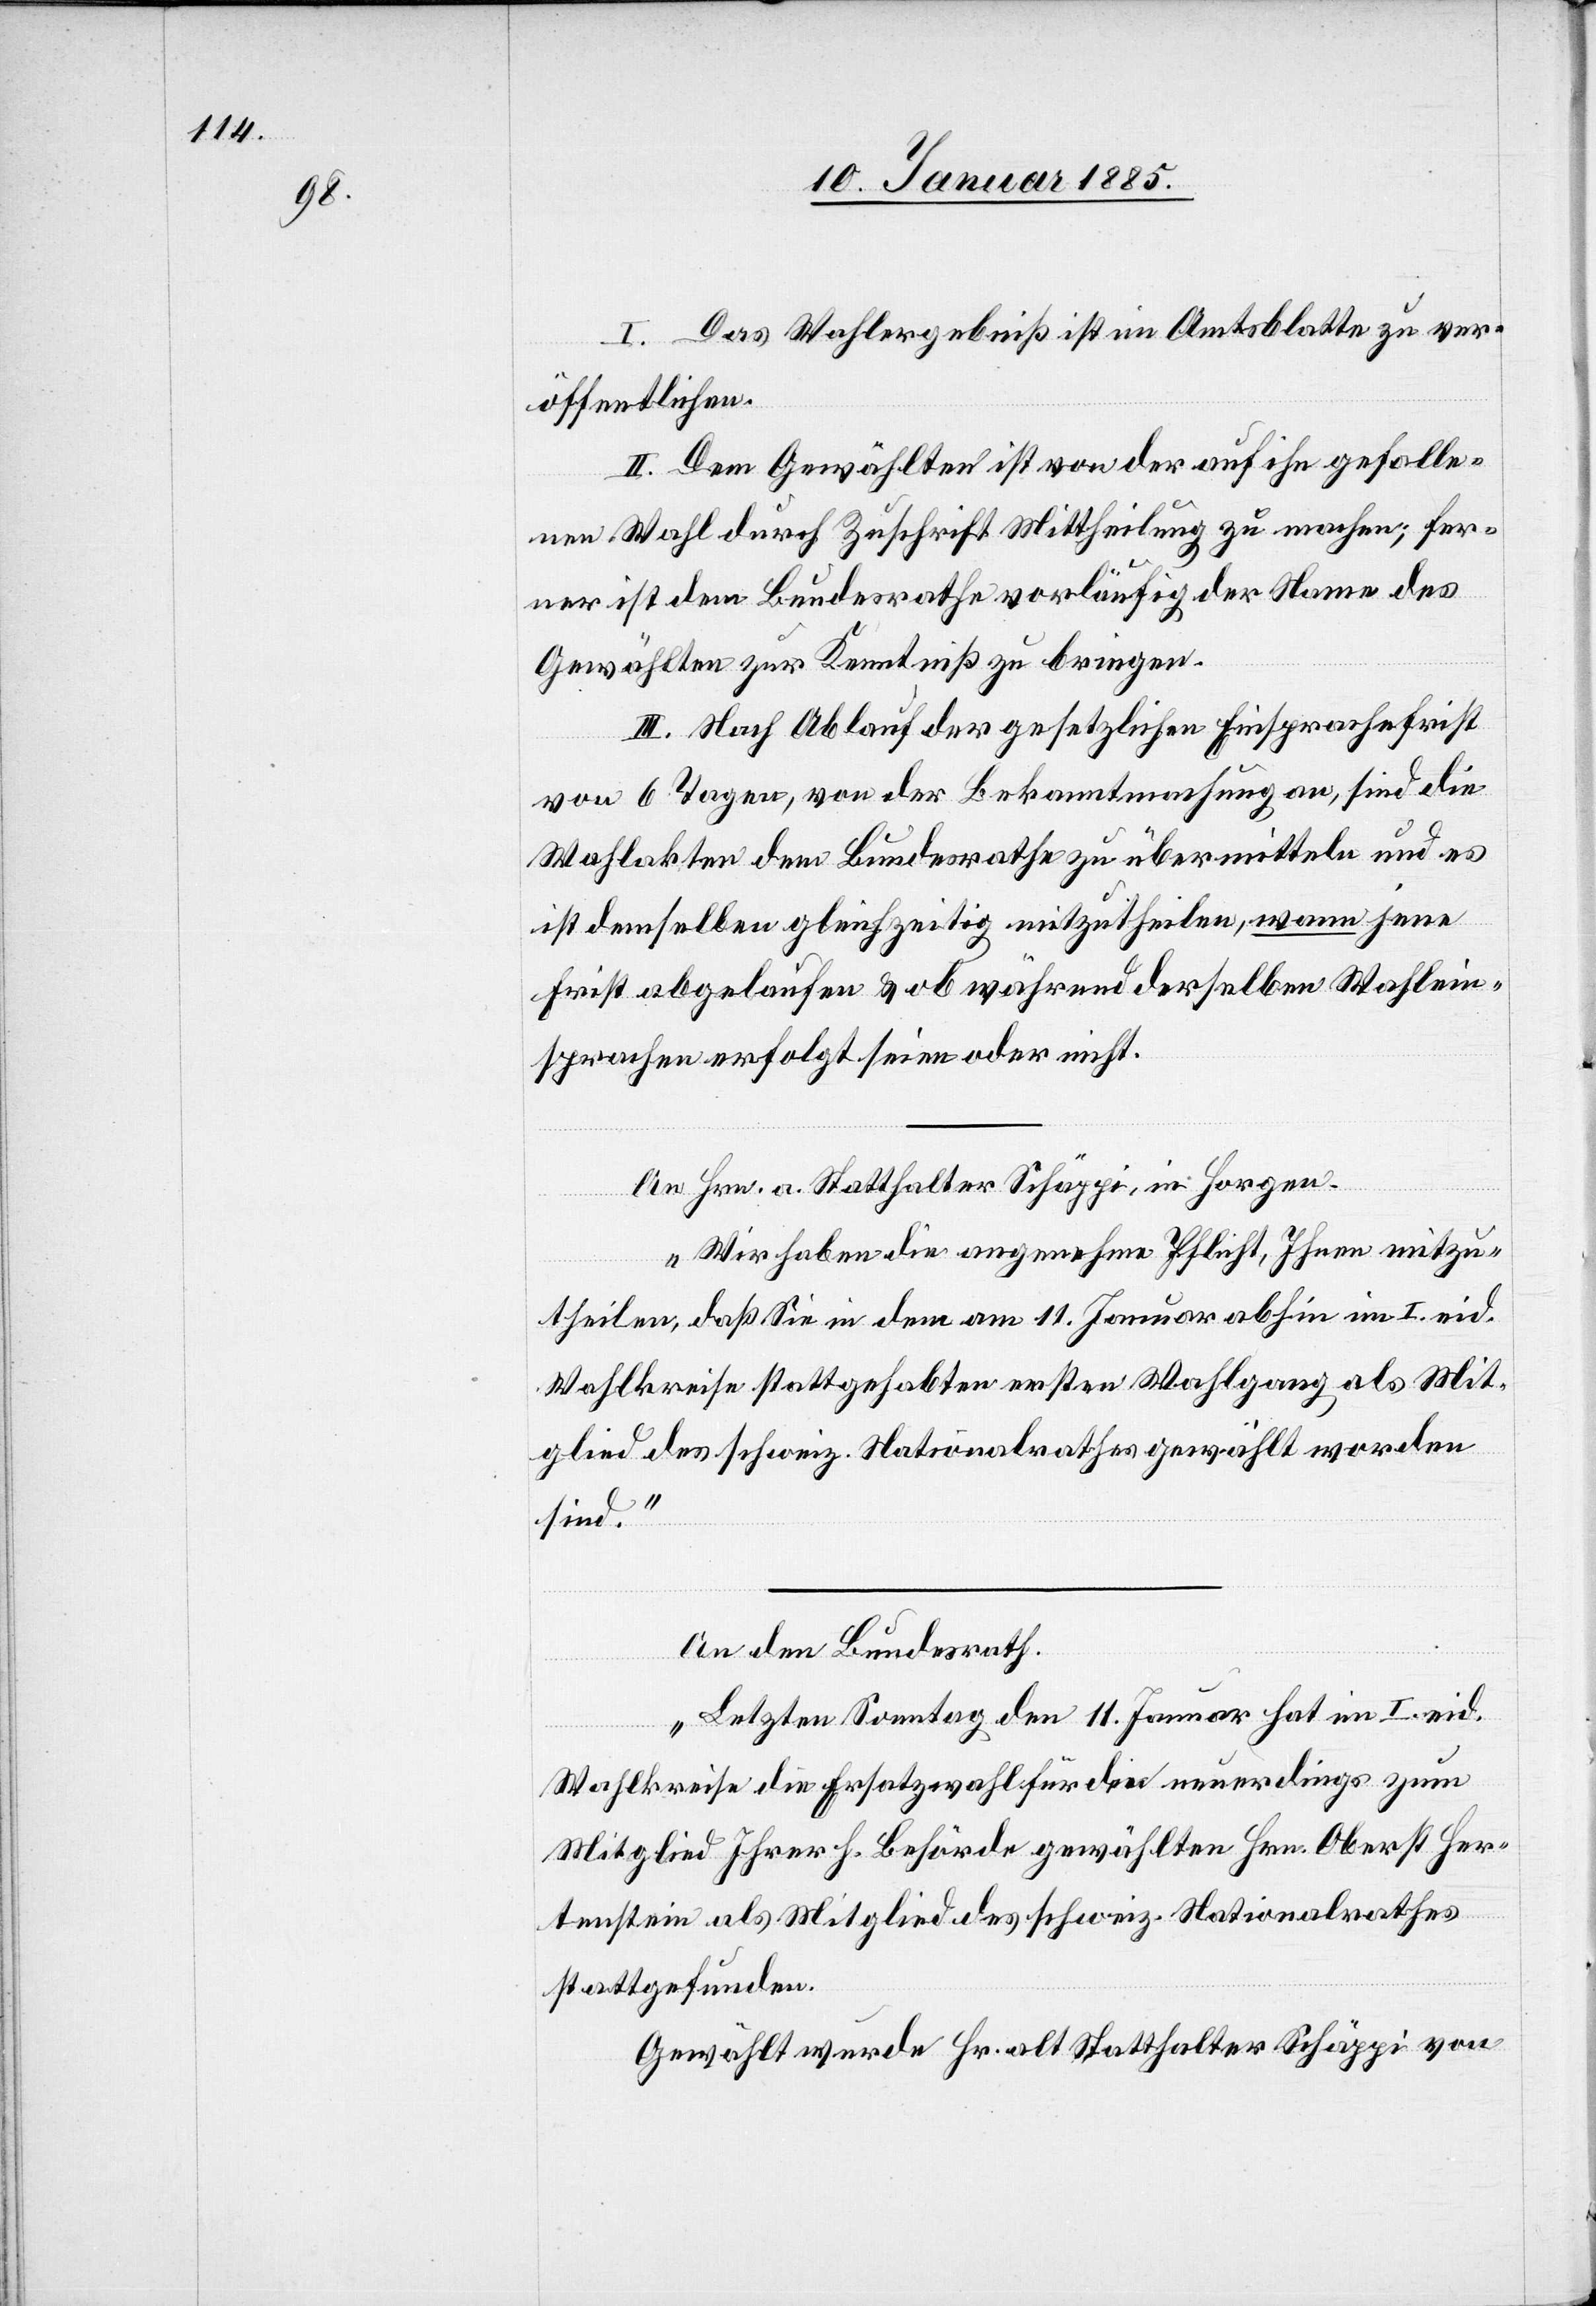
I. Das Wahlergebniß ist im Amtsblatte zu ver¬
öffentlichen.
II. Dem Gewählten ist von der auf ihn gefalle¬
nen Wahl durch Zuschrift Mittheilung zu machen; fer¬
ner ist dem Bundesrathe vorläufig der Name des
Gewählten zur Kenntniß zu bringen.
III. Nach Ablauf der gesetzlichen Einsprachefrist
von 6 Tagen, von der Bekanntmachung an, sind die
Wahlakten dem Bundesrathe zu übermitteln und es
ist demselben gleichzeitig mitzutheilen, wann jene
Frist abgelaufen & ob während derselben Wahlein¬
sprachen erfolgt seien oder nicht.
An Hrn. a. Statthalter Schäppi, in Horgen.
„Wir haben die angenehme Pflicht, Ihnen mitzu¬
theilen, daß Sie in dem am 11. Januar abhin im I. eid.
Wahlkreise stattgehabten ersten Wahlgang als Mit¬
glied des schweiz. Nationalrathes gewählt worden
sind.“
An den Bundesrath.
„Letzten Sonntag den 11. Januar hat im I. eid.
Wahlkreise die Ersatzwahl für den neuerdings zum
Mitglied Ihrer h. Behörde gewählten Hrn. Oberst Her¬
tenstein als Mitglied des schweiz. Nationalrathes
stattgefunden.
Gewählt wurde Hr. alt Statthalter Schäppi von